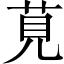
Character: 莧